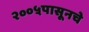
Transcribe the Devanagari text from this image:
२००५पासूनचे